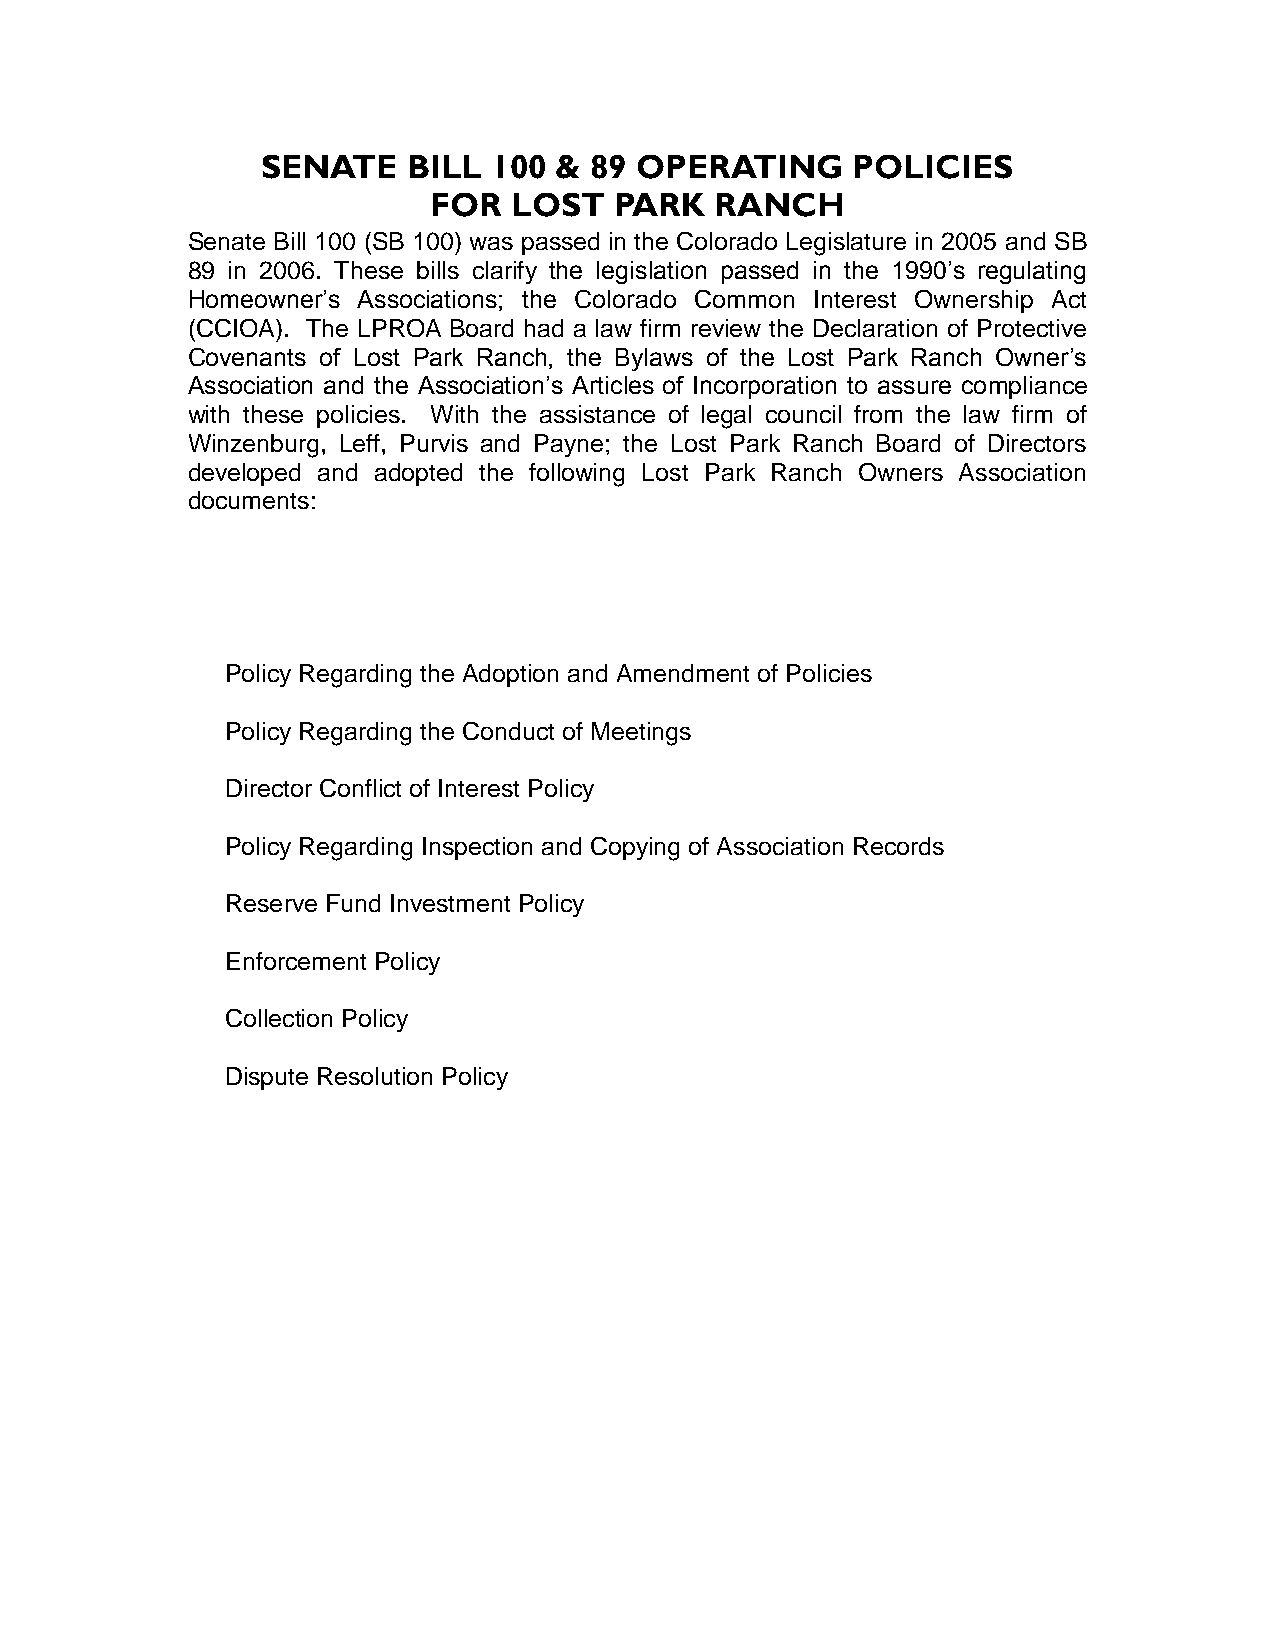
SENATE    BILL  100 & 89 OPERATING     POLICIES
 FOR   LOST   PARK  RANCH
 Senate Bill 100 (SB 100) was passed in the Colorado Legislature in 2005 and SB
 89 in 2006. These bills clarify the legislation passed in the 1990’s regulating
 Homeowner’s Associations; the Colorado Common Interest Ownership Act
 (CCIOA). The LPROA Board had a law firm review the Declaration of Protective
 Covenants of Lost Park Ranch, the Bylaws of the Lost Park Ranch Owner’s
 Association and the Association’s Articles of Incorporation to assure compliance
 with these policies. With the assistance of legal council from the law firm of
 Winzenburg, Leff, Purvis and Payne; the Lost Park Ranch Board of Directors
 developed and adopted the following Lost Park Ranch Owners Association
 documents:
 Policy Regarding the Adoption and Amendment of Policies
 Policy Regarding the Conduct of Meetings
 Director Conflict of Interest Policy
 Policy Regarding Inspection and Copying of Association Records
 Reserve Fund Investment Policy
 Enforcement Policy
 Collection Policy
 Dispute Resolution Policy